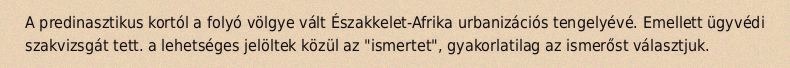
A predinasztikus kortól a folyó völgye vált Északkelet-Afrika urbanizációs tengelyévé. Emellett ügyvédi szakvizsgát tett. a lehetséges jelöltek közül az "ismertet", gyakorlatilag az ismerőst választjuk.